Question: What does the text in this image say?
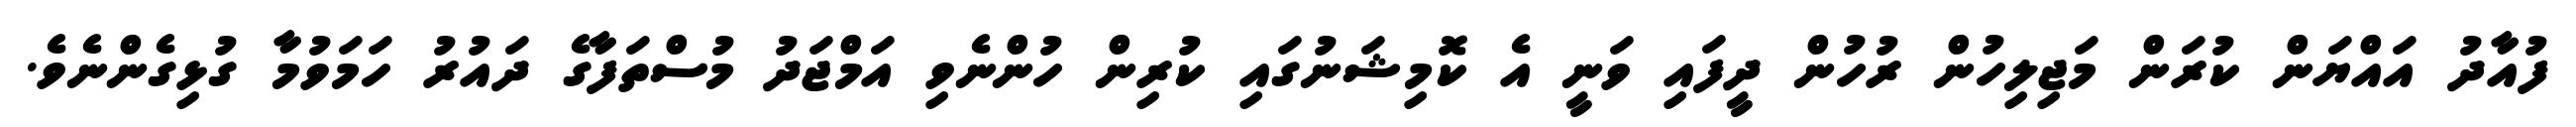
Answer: ފުއާދު އައްޔަން ކުރަން މަޖިލިހުން ރުހުން ދީފައި ވަނީ އެ ކޮމިޝަނުގައި ކުރިން ހުންނެވި އަމްޖަދު މުސްތަފާގެ ދައުރު ހަމަވުމާ ގުޅިގެންނެވެ.